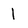
Character: 1